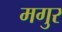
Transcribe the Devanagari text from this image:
मगुर